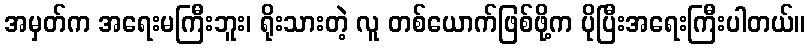
အမှတ်က အရေးမကြီးဘူး၊ ရိုးသားတဲ့ လူ တစ်ယောက်ဖြစ်ဖို့က ပိုပြီးအရေးကြီးပါတယ်။